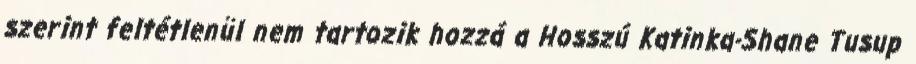
szerint feltétlenül nem tartozik hozzá a Hosszú Katinka-Shane Tusup